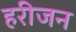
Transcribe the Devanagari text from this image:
हरीजन